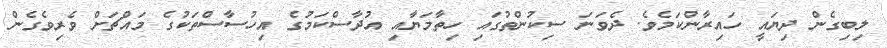
ލިބިގެން ދިޔައީ ހައިރާންކަމެވެ. ދެވަނަ ސިކުންތުގައި ހިތާމަޔާއި އުދާސްކަމުގެ އިހުސާސްތަކުގެ މައްޗަށް ވެރިވެގެން